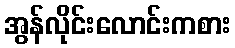
အွန်လိုင်းလောင်းကစား